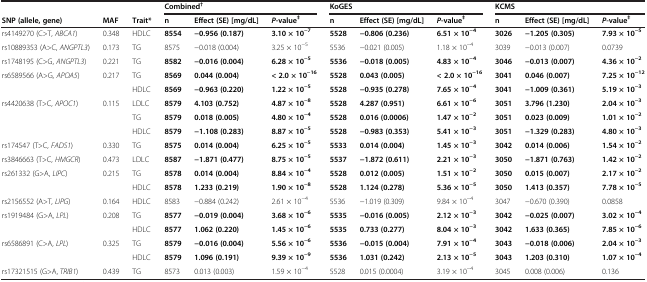
<table><thead><tr><td><b> </b></td><td><b> </b></td><td><b> </b></td><td colspan="3"><b>Combined<sup>†</sup></b></td><td colspan="3"><b>KoGES</b></td><td colspan="3"><b>KCMS</b></td></tr><tr><td><b>SNP (allele, gene)</b></td><td><b>MAF</b></td><td><b>Trait*</b></td><td><b>n</b></td><td><b>Effect (SE) [mg/dL]</b></td><td><b><i>P</i>-value<sup>‡</sup></b></td><td><b>n</b></td><td><b>Effect (SE) [mg/dL]</b></td><td><b><i>P</i>-value<sup>‡</sup></b></td><td><b>n</b></td><td><b>Effect (SE) [mg/dL]</b></td><td><b><i>P</i>-value<sup>‡</sup></b></td></tr></thead><tbody><tr><td>rs4149270 (C&gt;T, <i>ABCA1</i>)</td><td>0.348</td><td>HDLC</td><td><b>8554</b></td><td><b>-0.956 (0.187)</b></td><td><b>3.10 × 10</b><sup><b>-7</b></sup></td><td><b>5528</b></td><td><b>-0.806 (0.236)</b></td><td><b>6.51 × 10</b><sup><b>-4</b></sup></td><td><b>3026</b></td><td><b>-1.205 (0.305)</b></td><td><b>7.93 × 10</b><sup><b>-5</b></sup></td></tr><tr><td>rs10889353 (A&gt;C, <i>ANGPTL3</i>)</td><td>0.173</td><td>TG</td><td>8575</td><td>-0.018 (0.004)</td><td>3.25 × 10<sup>-5</sup></td><td>5536</td><td>-0.021 (0.005)</td><td>1.18 × 10<sup>-4</sup></td><td>3039</td><td>-0.013 (0.007)</td><td>0.0739</td></tr><tr><td>rs1748195 (C&gt;G, <i>ANGPTL3</i>)</td><td>0.221</td><td>TG</td><td><b>8582</b></td><td><b>-0.016 (0.004)</b></td><td><b>6.28 × 10</b><sup><b>-5</b></sup></td><td><b>5536</b></td><td><b>-0.018 (0.005)</b></td><td><b>4.83 × 10</b><sup><b>-4</b></sup></td><td><b>3046</b></td><td><b>-0.013 (0.007)</b></td><td><b>4.36 × 10</b><sup><b>-2</b></sup></td></tr><tr><td>rs6589566 (A&gt;G, <i>APOA5</i>)</td><td>0.217</td><td>TG</td><td><b>8569</b></td><td><b>0.044 (0.004)</b></td><td><b>&lt; 2.0 × 10</b><sup><b>-16</b></sup></td><td><b>5528</b></td><td><b>0.043 (0.005)</b></td><td><b>&lt; 2.0 × 10</b><sup><b>-16</b></sup></td><td><b>3041</b></td><td><b>0.046 (0.007)</b></td><td><b>7.25 × 10</b><sup><b>-12</b></sup></td></tr><tr><td> </td><td> </td><td>HDLC</td><td><b>8569</b></td><td><b>-0.963 (0.220)</b></td><td><b>1.22 × 10</b><sup><b>-5</b></sup></td><td><b>5528</b></td><td><b>-0.935 (0.278)</b></td><td><b>7.65 × 10</b><sup><b>-4</b></sup></td><td><b>3041</b></td><td><b>-1.009 (0.361)</b></td><td><b>5.19 × 10</b><sup><b>-3</b></sup></td></tr><tr><td>rs4420638 (T&gt;C, <i>APOC1</i>)</td><td>0.115</td><td>LDLC</td><td><b>8579</b></td><td><b>4.103 (0.752)</b></td><td><b>4.87 × 10</b><sup><b>-8</b></sup></td><td><b>5528</b></td><td><b>4.287 (0.951)</b></td><td><b>6.61 × 10</b><sup><b>-6</b></sup></td><td><b>3051</b></td><td><b>3.796 (1.230)</b></td><td><b>2.04 × 10</b><sup><b>-3</b></sup></td></tr><tr><td> </td><td> </td><td>TG</td><td><b>8579</b></td><td><b>0.018 (0.005)</b></td><td><b>4.80 × 10</b><sup><b>-4</b></sup></td><td><b>5528</b></td><td><b>0.016 (0.0006)</b></td><td><b>1.47 × 10</b><sup><b>-2</b></sup></td><td><b>3051</b></td><td><b>0.023 (0.009)</b></td><td><b>1.01 × 10</b><sup><b>-2</b></sup></td></tr><tr><td> </td><td> </td><td>HDLC</td><td><b>8579</b></td><td><b>-1.108 (0.283)</b></td><td><b>8.87 × 10</b><sup><b>-5</b></sup></td><td><b>5528</b></td><td><b>-0.983 (0.353)</b></td><td><b>5.41 × 10</b><sup><b>-3</b></sup></td><td><b>3051</b></td><td><b>-1.329 (0.283)</b></td><td><b>4.80 × 10</b><sup><b>-3</b></sup></td></tr><tr><td>rs174547 (T&gt;C, <i>FADS1</i>)</td><td>0.330</td><td>TG</td><td><b>8575</b></td><td><b>0.014 (0.004)</b></td><td><b>6.25 × 10</b><sup><b>-5</b></sup></td><td><b>5533</b></td><td><b>0.014 (0.004)</b></td><td><b>1.45 × 10</b><sup><b>-3</b></sup></td><td><b>3042</b></td><td><b>0.014 (0.006)</b></td><td><b>1.54 × 10</b><sup><b>-2</b></sup></td></tr><tr><td>rs3846663 (T&gt;C, <i>HMGCR</i>)</td><td>0.473</td><td>LDLC</td><td><b>8587</b></td><td><b>-1.871 (0.477)</b></td><td><b>8.75 × 10</b><sup><b>-5</b></sup></td><td><b>5537</b></td><td><b>-1.872 (0.611)</b></td><td><b>2.21 × 10</b><sup><b>-3</b></sup></td><td><b>3050</b></td><td><b>-1.871 (0.763)</b></td><td><b>1.42 × 10</b><sup><b>-2</b></sup></td></tr><tr><td>rs261332 (G&gt;A, <i>LIPC</i>)</td><td>0.215</td><td>TG</td><td><b>8578</b></td><td><b>0.014 (0.004)</b></td><td><b>8.84 × 10</b><sup><b>-4</b></sup></td><td><b>5528</b></td><td><b>0.012 (0.005)</b></td><td><b>1.51 × 10</b><sup><b>-2</b></sup></td><td><b>3050</b></td><td><b>0.015 (0.007)</b></td><td><b>2.17 × 10</b><sup><b>-2</b></sup></td></tr><tr><td> </td><td> </td><td>HDLC</td><td><b>8578</b></td><td><b>1.233 (0.219)</b></td><td><b>1.90 × 10</b><sup><b>-8</b></sup></td><td><b>5528</b></td><td><b>1.124 (0.278)</b></td><td><b>5.36 × 10</b><sup><b>-5</b></sup></td><td><b>3050</b></td><td><b>1.413 (0.357)</b></td><td><b>7.78 × 10</b><sup><b>-5</b></sup></td></tr><tr><td>rs2156552 (A&gt;T, <i>LIPG</i>)</td><td>0.164</td><td>HDLC</td><td>8583</td><td>-0.884 (0.242)</td><td>2.61 × 10<sup>-4</sup></td><td>5536</td><td>-1.019 (0.309)</td><td>9.84 × 10<sup>-4</sup></td><td>3047</td><td>-0.670 (0.390)</td><td>0.0858</td></tr><tr><td>rs1919484 (G&gt;A, <i>LPL</i>)</td><td>0.208</td><td>TG</td><td><b>8577</b></td><td><b>-0.019 (0.004)</b></td><td><b>3.68 × 10</b><sup><b>-6</b></sup></td><td><b>5535</b></td><td><b>-0.016 (0.005)</b></td><td><b>2.12 × 10</b><sup><b>-3</b></sup></td><td><b>3042</b></td><td><b>-0.025 (0.007)</b></td><td><b>3.02 × 10</b><sup><b>-4</b></sup></td></tr><tr><td> </td><td> </td><td>HDLC</td><td><b>8577</b></td><td><b>1.062 (0.220)</b></td><td><b>1.45 × 10</b><sup><b>-6</b></sup></td><td><b>5535</b></td><td><b>0.733 (0.277)</b></td><td><b>8.04 × 10</b><sup><b>-3</b></sup></td><td><b>3042</b></td><td><b>1.633 (0.365)</b></td><td><b>7.85 × 10</b><sup><b>-6</b></sup></td></tr><tr><td>rs6586891 (C&gt;A, <i>LPL</i>)</td><td>0.325</td><td>TG</td><td><b>8579</b></td><td><b>-0.016 (0.004)</b></td><td><b>5.56 × 10</b><sup><b>-6</b></sup></td><td><b>5536</b></td><td><b>-0.015 (0.004)</b></td><td><b>7.91 × 10</b><sup><b>-4</b></sup></td><td><b>3043</b></td><td><b>-0.018 (0.006)</b></td><td><b>2.04 × 10</b><sup><b>-3</b></sup></td></tr><tr><td> </td><td> </td><td>HDLC</td><td><b>8579</b></td><td><b>1.096 (0.191)</b></td><td><b>9.39 × 10</b><sup><b>-9</b></sup></td><td><b>5536</b></td><td><b>1.031 (0.242)</b></td><td><b>2.13 × 10</b><sup><b>-5</b></sup></td><td><b>3043</b></td><td><b>1.203 (0.310)</b></td><td><b>1.07 × 10</b><sup><b>-4</b></sup></td></tr><tr><td>rs17321515 (G&gt;A, <i>TRIB1</i>)</td><td>0.439</td><td>TG</td><td>8573</td><td>0.013 (0.003)</td><td>1.59 × 10<sup>-4</sup></td><td>5528</td><td>0.015 (0.0004)</td><td>3.19 × 10<sup>-4</sup></td><td>3045</td><td>0.008 (0.006)</td><td>0.136</td></tr></tbody></table>